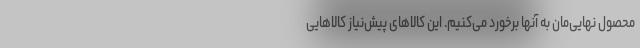
محصول نهایی‌مان به آنها برخورد می‌کنیم. این کالاهای پیش‌نیاز کالاهایی